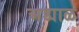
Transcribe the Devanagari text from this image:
अड्याळ